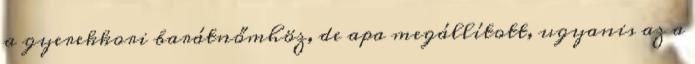
a gyerekkori barátnőmhöz, de apa megállított, ugyanis az a